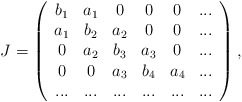
\begin{align*} J=\left( {\begin{array}{*{20}c} {b_1 } & {a _1 } & 0 & 0 & 0 & {...} \\ {a _1 } & {b_2 } & {a _2 } & 0 & 0 & {...} \\ 0 & {a _2 } & {b_3 } & {a _3 } & 0 & {...} \\ 0 & 0 & {a _3 } & {b_4 } & {a _4 } & {...} \\ {...} & {...} & {...} & {...} & {...} & {...} \\ \end{array}} \right), \end{align*}